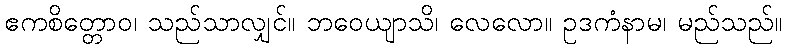
ဧကစိတ္တောဝ၊ သည်သာလျှင်။ ဘဝေယျာသိ၊ လေလော။ ဥဒကံနာမ၊ မည်သည်။